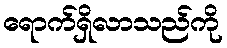
ရောက်ရှိလာသည်ကို